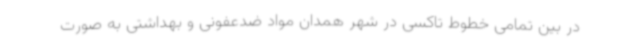
در بین تمامی خطوط تاکسی در شهر همدان مواد ضدعفونی و بهداشتی به صورت